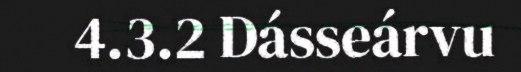
4.3.2 Dásseárvu